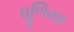
ધૂળિયા